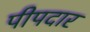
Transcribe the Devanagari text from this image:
पीपदार